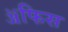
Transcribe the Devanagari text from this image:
ॲफिस